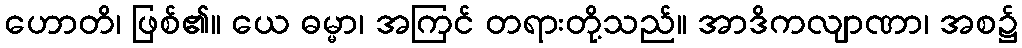
ဟောတိ၊ ဖြစ်၏။ ယေ ဓမ္မာ၊ အကြင် တရားတို့သည်။ အာဒိကလျာဏာ၊ အစ၌